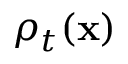
\rho _ { t } ( \mathbf { x } )